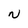
Character: N